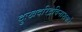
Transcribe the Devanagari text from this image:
दुःखदरिद्रविनाशकरे